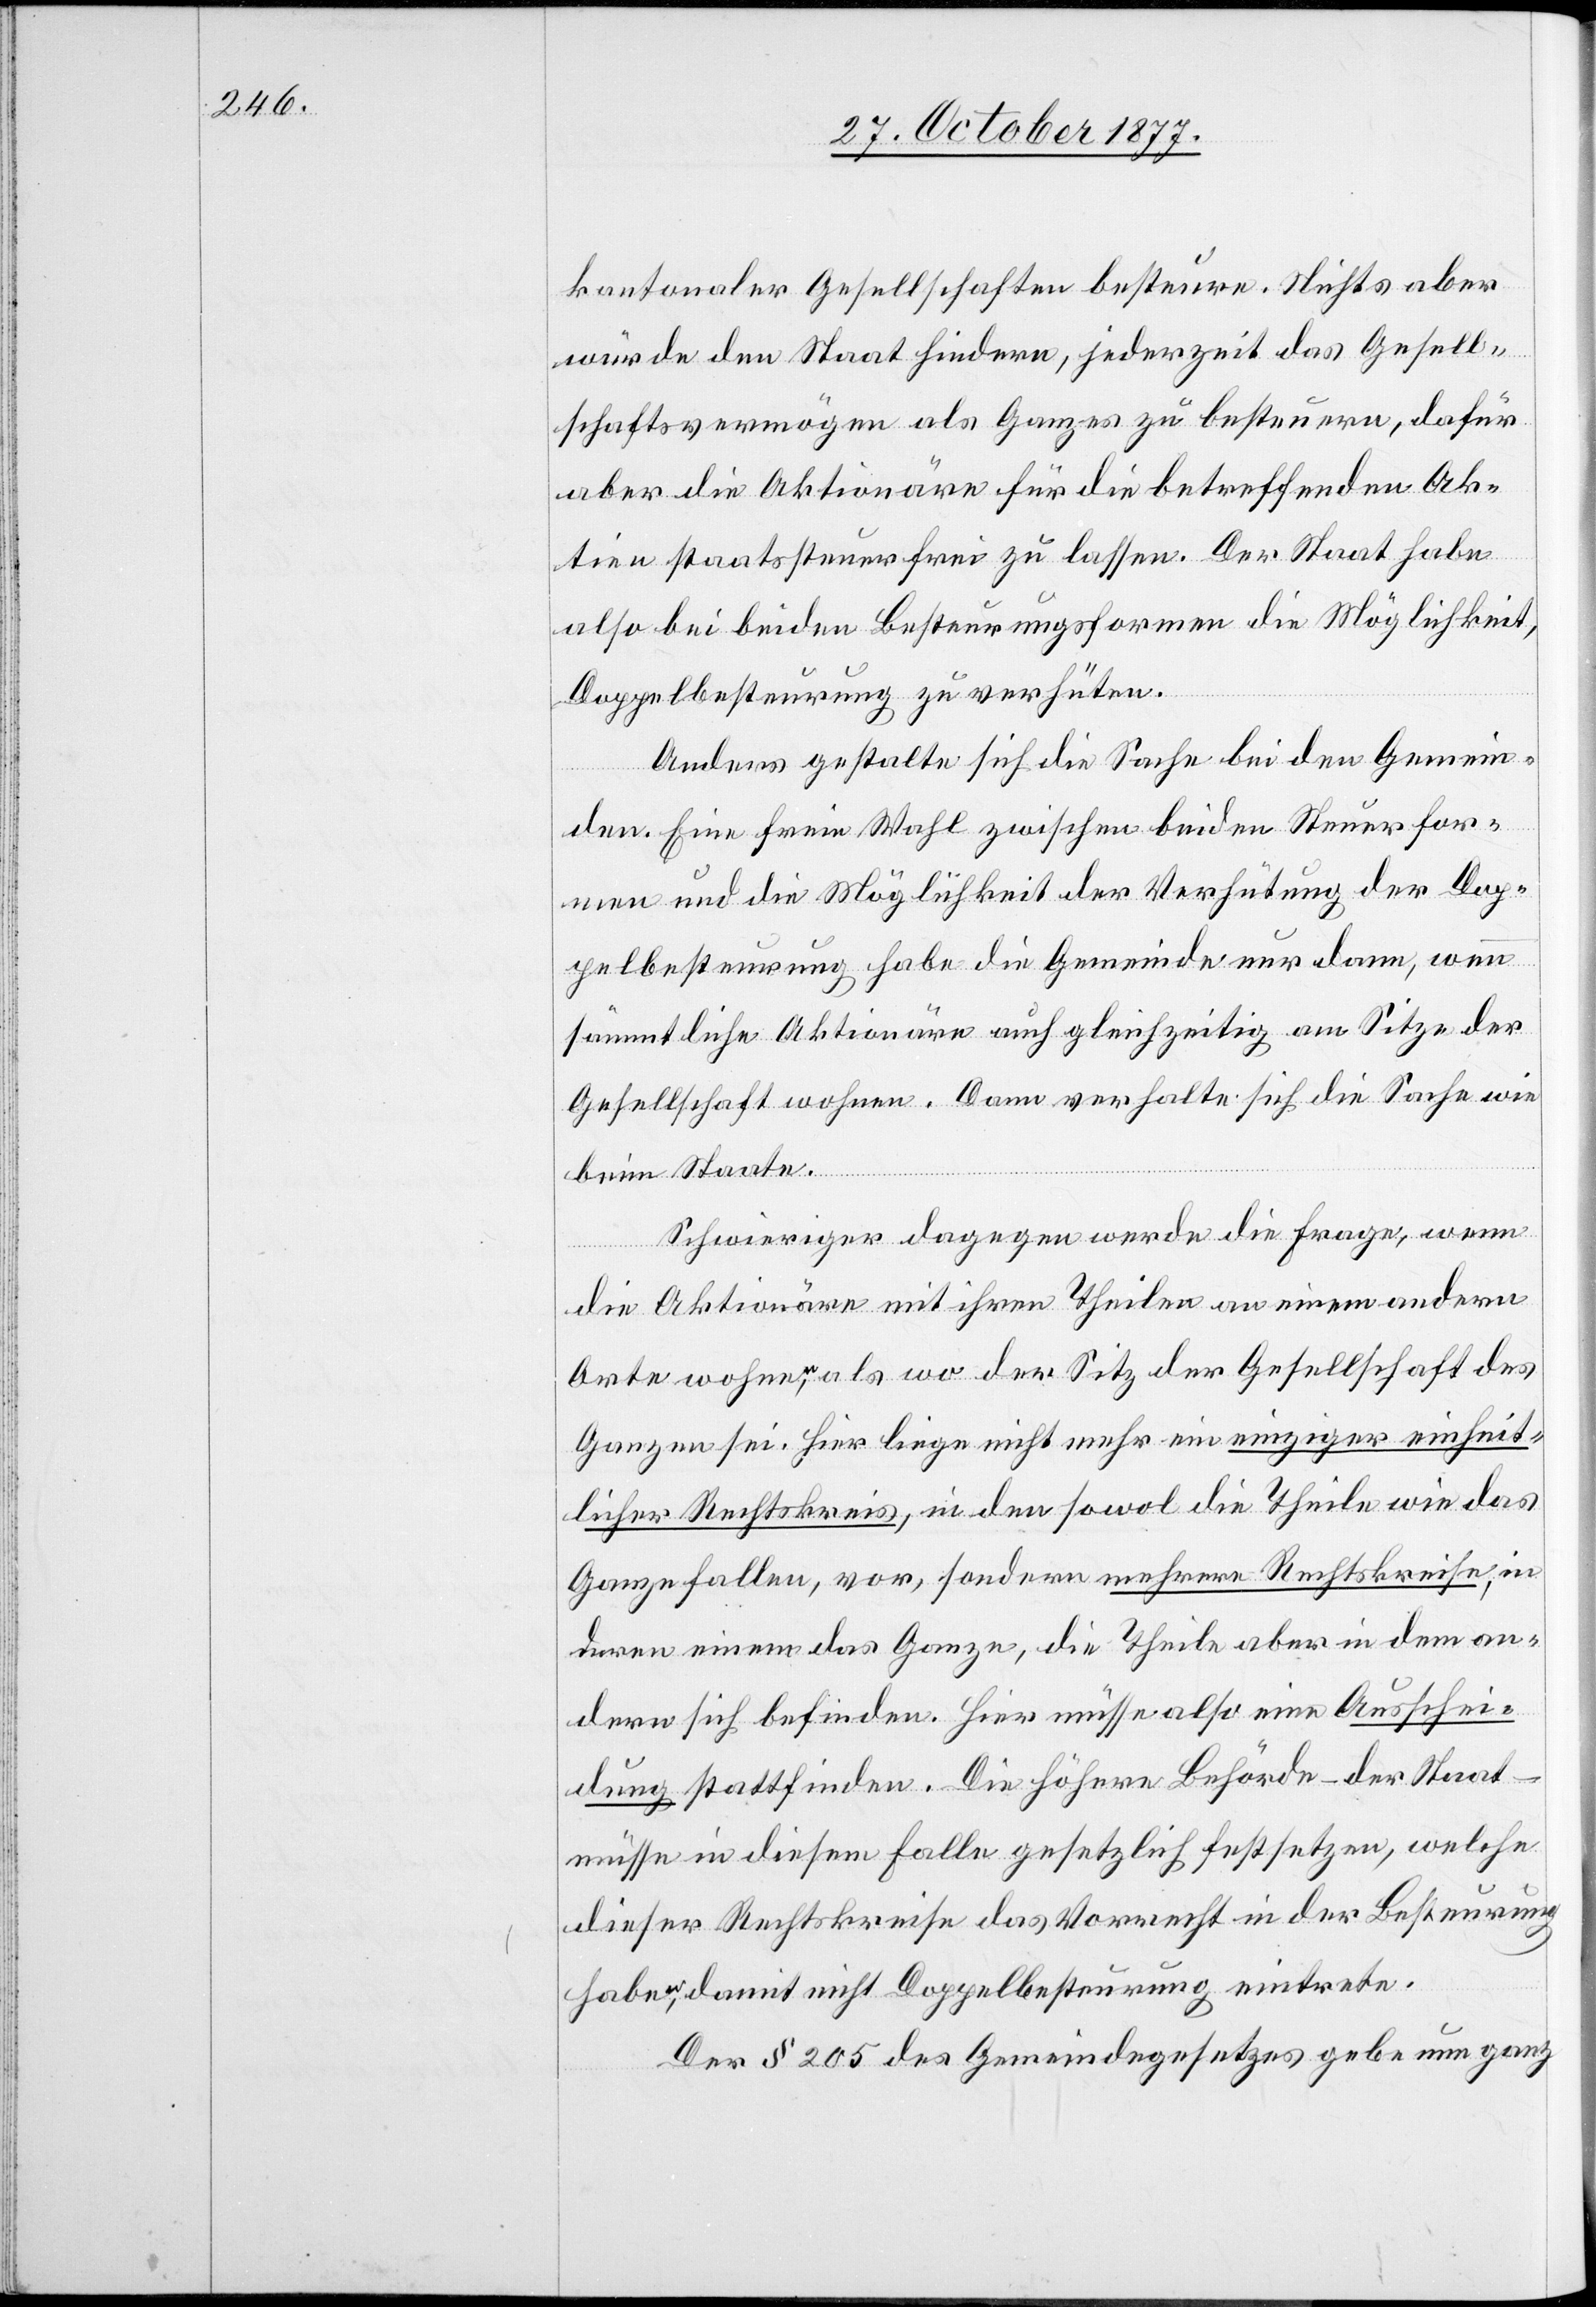
kantonaler Gesellschaften besteure. Nichts aber
würde den Staat hindern, jederzeit das Gesell¬
schaftsvermögen als Ganzes zu besteuern, dafür
aber die Aktionäre für die betreffenden Ak¬
tien staatssteuerfrei zu lassen. Der Staat habe
also bei beiden Besteurungsformen die Möglichkeit,
Doppelbesteurung zu verhüten.
Anders gestalte sich die Sache bei den Gemein¬
den. Eine freie Wahl zwischen beiden Steuerfor¬
men und die Möglichkeit der Verhütung der Dop¬
pelbesteurung habe die Gemeinde nur dann, wenn
sämmtliche Aktionäre auch gleichzeitig am Sitze der
Gesellschaft wohnen. Dann verhalte sich die Sache wie
beim Staate.
Schwieriger dagegen werde die Frage, wenn
die Aktionäre mit ihren Theilen an einem andern
Orte wohnen, als wo der Sitz der Gesellschaft des
Ganzen sei. Hier liege nicht mehr ein einziger einheit¬
licher Rechtskreis, in den sowol die Theile wie das
Ganze fallen, vor, sondern mehrere Rechtskreise, in
deren einem das Ganze, die Theile aber in dem an¬
dern sich befinden. Hier müsse also eine Ausschei¬
dung stattfinden. Die höhere Behörde – der Staat
müsse in diesem Falle gesetzlich festsetzen, welche
dieser Rechtskreise das Vorrecht in der Besteurung
haben, damit nicht Doppelbesteurung eintrete.
Der § 205 des Gemeindegesetzes gebe nun ganz